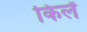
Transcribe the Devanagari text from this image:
किलें